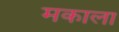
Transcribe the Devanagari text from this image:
मकाला